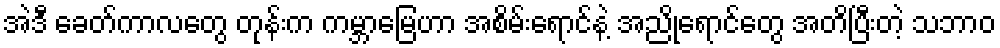
အဲဒီ ခေတ်ကာလတွေ တုန်းက ကမ္ဘာမြေဟာ အစိမ်းရောင်နဲ့ အညိုရောင်တွေ အတိပြီးတဲ့ သဘာဝ